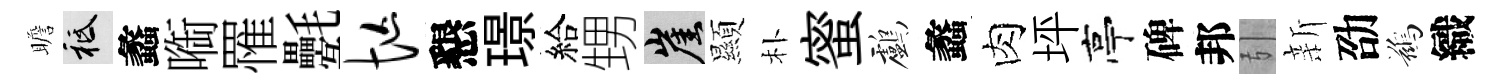
瞻祇蠡㗸罹氎忙懇璟給甥崖顯朴蜜鸕蠡肉坪亭碑邦引新劭鷀織